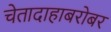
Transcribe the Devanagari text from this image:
चेतादाहाबरोबर